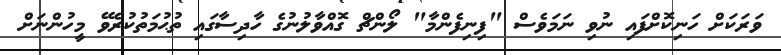
ވަރަކަށް ހަނިކޮށްފައި ނުވި ނަމަވެސް "ފިނިފެންމާ" ލޯންޗް ގޮއްވާލުނުގެ ހާދިސާގައި ތުޙުމަތުކުރެވޭ މީހުންނަށް